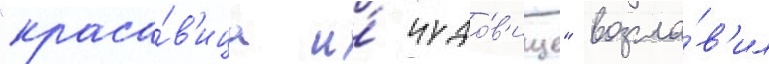
"краса́в'ица и́ чудо́в'ище" возгла́в'ил